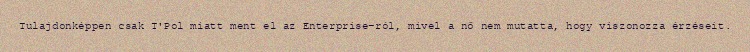
Tulajdonképpen csak T'Pol miatt ment el az Enterprise-ról, mivel a nő nem mutatta, hogy viszonozza érzéseit.